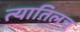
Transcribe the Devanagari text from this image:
त्यातिलच